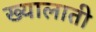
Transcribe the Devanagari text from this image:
ख्यालाती